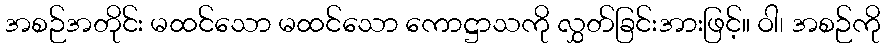
အစဉ်အတိုင်း မထင်သော မထင်သော ကောဋ္ဌာသကို လွှတ်ခြင်းအားဖြင့်။ ဝါ၊ အစဉ်ကို